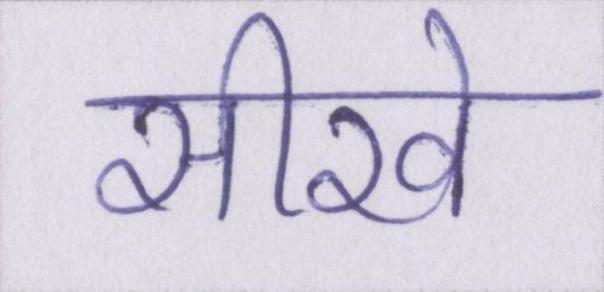
सीखे